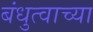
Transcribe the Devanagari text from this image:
बंधुत्वाच्या